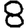
Digit: 8